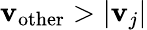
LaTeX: \mathbf{v}_{\mathrm{{other}}}>|\mathbf{v}_{j}|